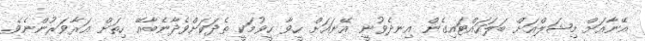
އޭނާއަށް މިޝަލްއަށް ބަލަހައްޓައިގެން އިނދެވުނީ އޭނައަށް ހީވާ ހީވުމަކީ ތެދަކަށްވެދާނެބާއޭ ހިތަށް އަރާވަރުންނެވެ.